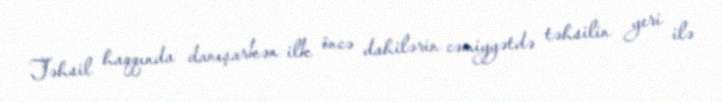
Təhsil haqqında danışarkən ilk öncə dahilərin cəmiyyətdə təhsilin yeri ilə